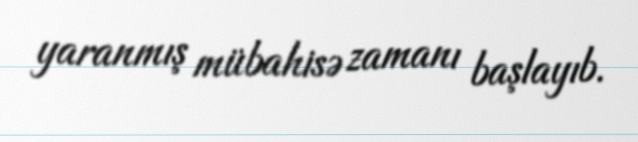
yaranmış mübahisə zamanı başlayıb.